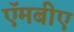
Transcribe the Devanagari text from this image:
ऍमबीए